Burma Government Medical School reports 1923-41
Year: 1923
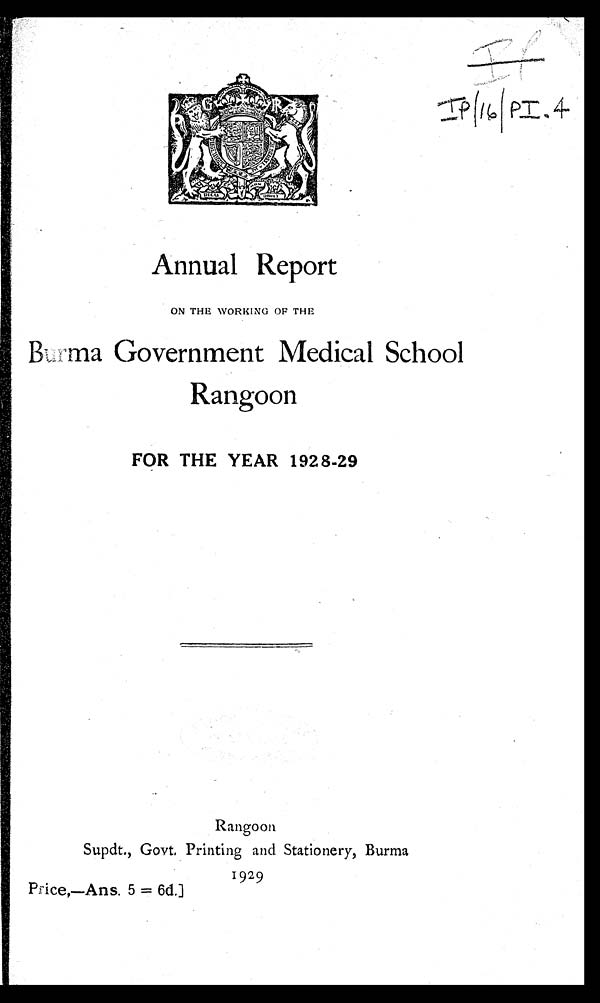
I P / 1 6 / P I . 4
Annual Report
ON THE WORKING OF THE
Burma Government Medical School
Rangoon
FOR THE YEAR 1928-29
Rangoon
Supdt., Govt. Printing and Stationery, Burma
1929
Price,—Ans. 5 = 6d.]